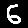
Digit: 6